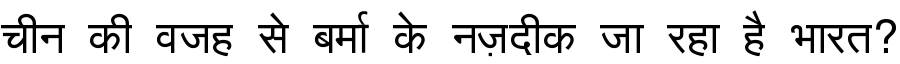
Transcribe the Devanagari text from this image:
चीन की वजह से बर्मा के नज़दीक जा रहा है भारत?